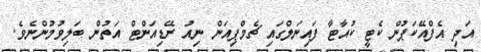
އަދި އެފްއޭކަޕުން ކެޓީ ކުއާޓާ ފައިނަލްގައި ޗެމްޕިއަން ނިއު ރޭޑިއަންޓް އަތުން ބަލިވުމުންނެވެ.